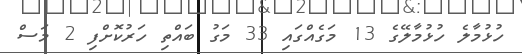
ހުޅުމާލެ ހުޅުމާލޭގެ 13 މަގެއްގައި 33 މަގު ބައްތި ހަރުކޮށްފި 2 މަސް